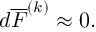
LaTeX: d \overline { { { F } } } ^ { ( k ) } \approx 0 .